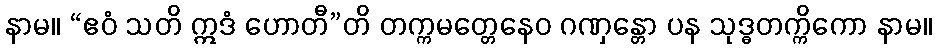
နာမ။ “ဧဝံ သတိ ဣဒံ ဟောတီ”တိ တက္ကမတ္တေနေဝ ဂဏှန္တော ပန သုဒ္ဓတက္ကိကော နာမ။